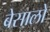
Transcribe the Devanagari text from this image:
बेसालो